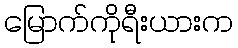
မြောက်ကိုရီးယားက